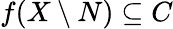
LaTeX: f(X\setminus N)\subseteq C